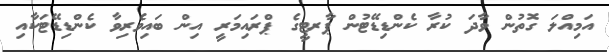
އަމިއްލަ ގޮތުން ވާދަ ކުރާ ކެންޑިޑޭޭޓުން ޕާރޓީގެ ޕްރައިމަރީ އިން ބައިވެރިވާ ކެންޑިޑޭޓަކާއި